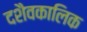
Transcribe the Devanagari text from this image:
दशैवकालिक